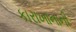
કારાખાનાની